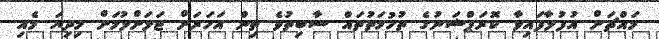
މައްޗަށް އުފުލާފައިވާ ކޮރަޕްޝަނުގެ ތުހުމަތުތައް ސާބިތުވެ ތިން އަހަރަށް ޖަލަށްލުމަށް މިދިޔަ މެއި